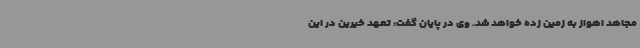
مجاهد اهواز به زمین زده خواهد شد. وی در پایان گفت: تعهد خیرین در این